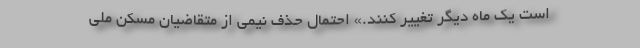
است یک ماه دیگر تغییر کنند.» احتمال حذف نیمی از متقاضیان مسکن ملی